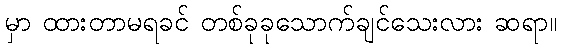
မှာ ထားတာမရခင် တစ်ခုခုသောက်ချင်သေးလား ဆရာ။